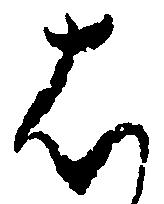
は